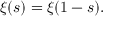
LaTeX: \xi ( s ) = \xi ( 1 - s ) .